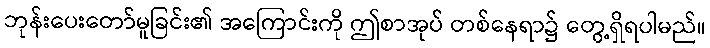
ဘုန်းပေးတော်မူခြင်း၏ အကြောင်းကို ဤစာအုပ် တစ်နေရာ၌ တွေ့ရှိရပါမည်။